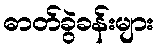
ဓာတ်ခွဲခန်းများ